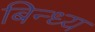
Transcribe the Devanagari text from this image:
बिन्ध्य